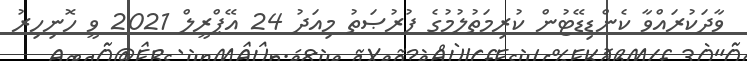
ވާދަކުރައްވާ ކެންޑިޑޭޓުން ކުރިމަތުލުމުގެ ފުރުޞަތު މިއަދު 24 އޭޕްރީލް 2021 ވީ ހޮނިހިރު